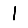
Digit: 1